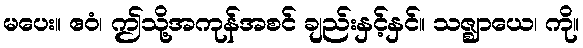
မပေး။ ဧဝံ၊ ဤသို့အကုန်အစင် ချည်းနှင့်နှင်။ သဇ္ဈာယေ၊ ကို။